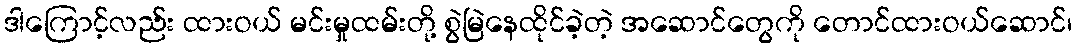
ဒါကြောင့်လည်း ထားဝယ် မင်းမှုထမ်းတို့ စွဲမြဲနေထိုင်ခဲ့တဲ့ အဆောင်တွေကို တောင်ထားဝယ်ဆောင်၊